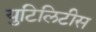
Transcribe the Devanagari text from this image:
युटिलिटीस